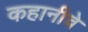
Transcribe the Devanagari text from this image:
कहानीचे